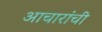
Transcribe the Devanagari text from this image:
आचारांची